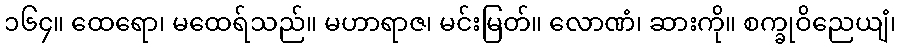
၁၆၄။ ထေရော၊ မထေရ်သည်။ မဟာရာဇ၊ မင်းမြတ်။ လောဏံ၊ ဆားကို။ စက္ခုဝိညေယျံ၊